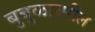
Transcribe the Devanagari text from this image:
बुबुळावरील